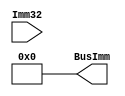
`timescale 1ns / 1ps

//instructions
//`define D 32'b111110000X0XXXXXXXXXXXXXXXXXXXXX
//`define CB 32'b10110100XXXXXXXXXXXXXXXXXXXXXXXX
//`define B 32'b000101XXXXXXXXXXXXXXXXXXXXXXXXXX
//`define Rshift 32'b1101001101XXXXXXXXXXXXXXXXXXXXXX
//`define Rimm 32'b1XX10XX00XXXXXXXXXXXXXXXXXXXXXXX


module SignExtender(BusImm, Imm32); 
  output reg [63:0] BusImm; 
  input [31:0] Imm32; 
 wire opcode;
  assign opcode = Imm32[31:21];
    always @(Imm32) begin  
      case(opcode) 
        11'b111110000X0: begin //Dinstructions
            BusImm[63:0] <= #2 {{55{Imm32[20]}}, Imm32[20:12]} ;
        end
        11'b10110100XXX: begin //CB instructions
            BusImm[63:0] <= #2 {{45{Imm32[23]}}, Imm32[23:5]};
            end
        11'b000101XXXXX: begin //B instructions
            BusImm[63:0] <= #2 {{38{Imm32[25]}}, Imm32[25:0]};
            end
        11'b1101001101X: begin //R shift instructions
            BusImm[63:0] <= #2 {58'b0, Imm32[15:10]};
            end
        11'b1XX100XX00X: begin //R Immidiate instructions
            BusImm[63:0] <= #2 {52'b0, Imm32[21:10]};
            end
        default: begin 
            BusImm[63:0] <= #2  64'h0;
         end
     endcase 
  end
endmodule